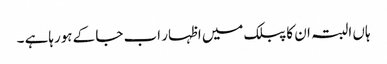
ہاں البتہ ان کا پبلک میں اظہار اب جا کے ہورہاہے ۔